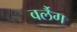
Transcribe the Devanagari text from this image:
वर्लैग